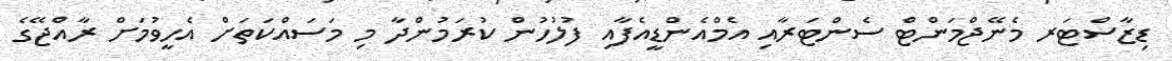
ޑިޒާސްޓަރ މެނޭޖްމަންޓް ސެންޓަރާއި އެމްއެންޑީއެފާއި ފުލުހުން ކުރަމުންދާ މި މަސައްކަތަށް އެހީވުމަށް ރާއްޖޭގެ